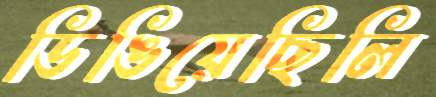
ডিঙিয়েছিলি